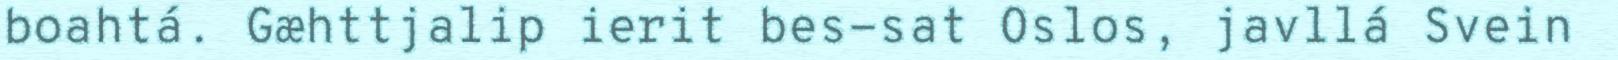
boahtá. Gæhttjalip ierit bes-sat Oslos, javllá Svein